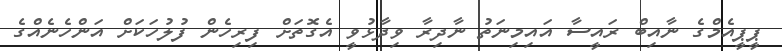
ޕީޕީއެމްގެ ނާއިބް ރައީސާ އައިމިނަތު ނާދިރާ ވިދާޅުވީ އެގޮތަށް ފިރިހެން ފުލުހަކަށް އަންހެނެއްގެ